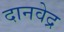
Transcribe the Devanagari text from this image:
दानवेद्र